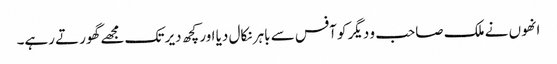
انھوں نے ملک صاحب و دیگر کو آفس سے باہر نکال دیا اور کچھ دیر تک مجھے گھورتے رہے۔